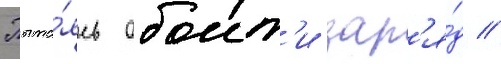
Пыта́ясь обоит'и зар'я́д /